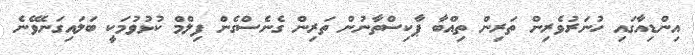
އިންޑިއާގައި ހުނަރުވެރިން ތަރިން ތިއްބާ ޕާކިސްތާނުން ތަރިން ގެނެސްގެން ފިލްމް ކުޅުވުމަކީ ބަލައިގަނެވޭނެ